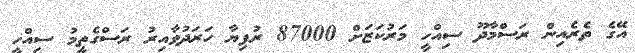
އޭގެ ތެރެއިން ރަސްމާދޫ ސިއްހީ މަރުކަޒަށް 87000 ރުފިޔާ ހަރަދުވާއިރު ރަސްގެތީމު ސިއްހީ